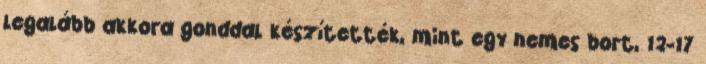
legalább akkora gonddal készítették, mint egy nemes bort, 12-17